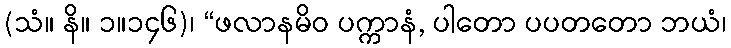
(သံ။ နိ။ ၁။၁၄၆)၊ “ဖလာနမိဝ ပက္ကာနံ, ပါတော ပပတတော ဘယံ၊